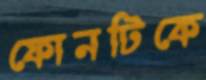
ফোনটিকে